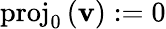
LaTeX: \mathrm{proj}_{0}\, (\mathbf{v}):=0